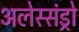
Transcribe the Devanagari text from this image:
अलेस्संड्रो